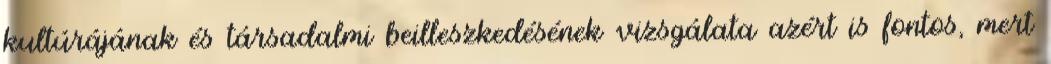
kultúrájának és társadalmi beilleszkedésének vizsgálata azért is fontos, mert